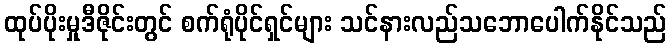
ထုပ်ပိုးမှုဒီဇိုင်းတွင် စက်ရုံပိုင်ရှင်များ သင်နားလည်သဘောပေါက်နိုင်သည်